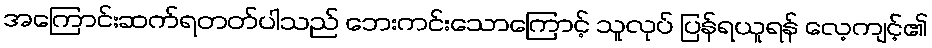
အကြောင်းဆက်ရတတ်ပါသည် ဘေးကင်းသောကြောင့် သူလုပ် ပြန်ရယူရန် လေ့ကျင့်၏